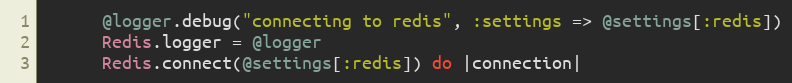
Language: Ruby
      @logger.debug("connecting to redis", :settings => @settings[:redis])
      Redis.logger = @logger
      Redis.connect(@settings[:redis]) do |connection|